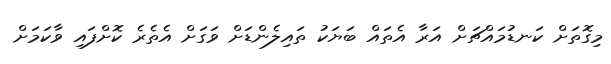
މިގޮތަށް ކަނޑުމައްޗަށް އަރާ އެތައް ބަޔަކު ތައިލެންޑަށް ވަގަށް އެތެރެ ކޮށްފައި ވާކަމަށް